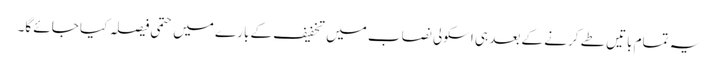
یہ تمام باتیں طے کرنے کے بعد ہی اسکولی نصاب میں تخفیف کے بارے میں حتمی فیصلہ کیا جائے گا۔